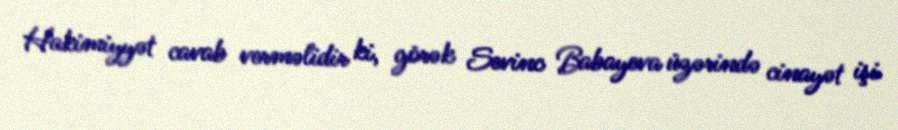
Hakimiyyət cavab verməlidir ki, görək Sevinc Babayeva üzərində cinayət işi